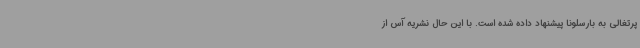
پرتغالی به بارسلونا پیشنهاد داده شده است. با این حال نشریه آس از